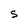
Character: S